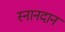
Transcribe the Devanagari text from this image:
स्नानदान